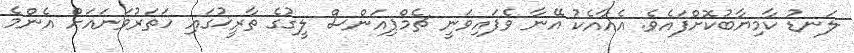
ލަނޑު ކާމިޔާބުކޮށްފައެވެ. އެއާއެކު އޭނާ ވެފައިވަނީ ޗެމްޕިއަންސް ލީގުގެ ތާރީޚުގައި ހަތަރުވަނައަށް އެންމެ